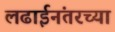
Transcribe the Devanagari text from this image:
लढाईनंतरच्या